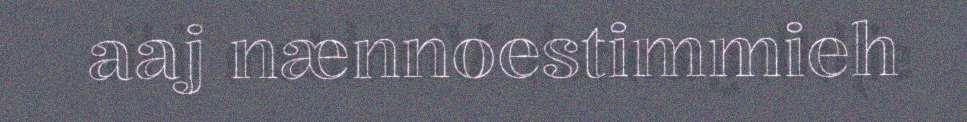
aaj nænnoestimmieh